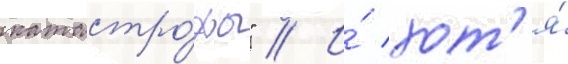
катастро́фы" // И́ хот'я́